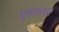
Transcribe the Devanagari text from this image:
घुमावादार